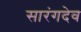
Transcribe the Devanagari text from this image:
सारंगदेव